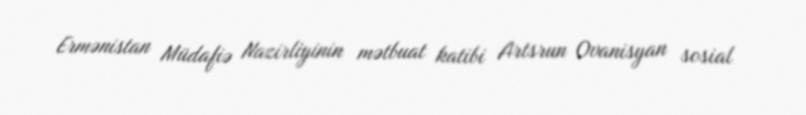
Ermənistan Müdafiə Nazirliyinin mətbuat katibi Artsrun Ovanisyan sosial